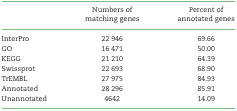
|  | Numbers of | Percent of |
 |  | matching genes | annotated genes |
 | --- | --- | --- |
 | InterPro | 22 946 | 69.66 |
 | GO | 16 471 | 50.00 |
 | KEGG | 21 210 | 64.39 |
 | Swissprot | 22 693 | 68.90 |
 | TrEMBL | 27 975 | 84.93 |
 | Annotated | 28 296 | 85.91 |
 | Unannotated | 4642 | 14.09 |